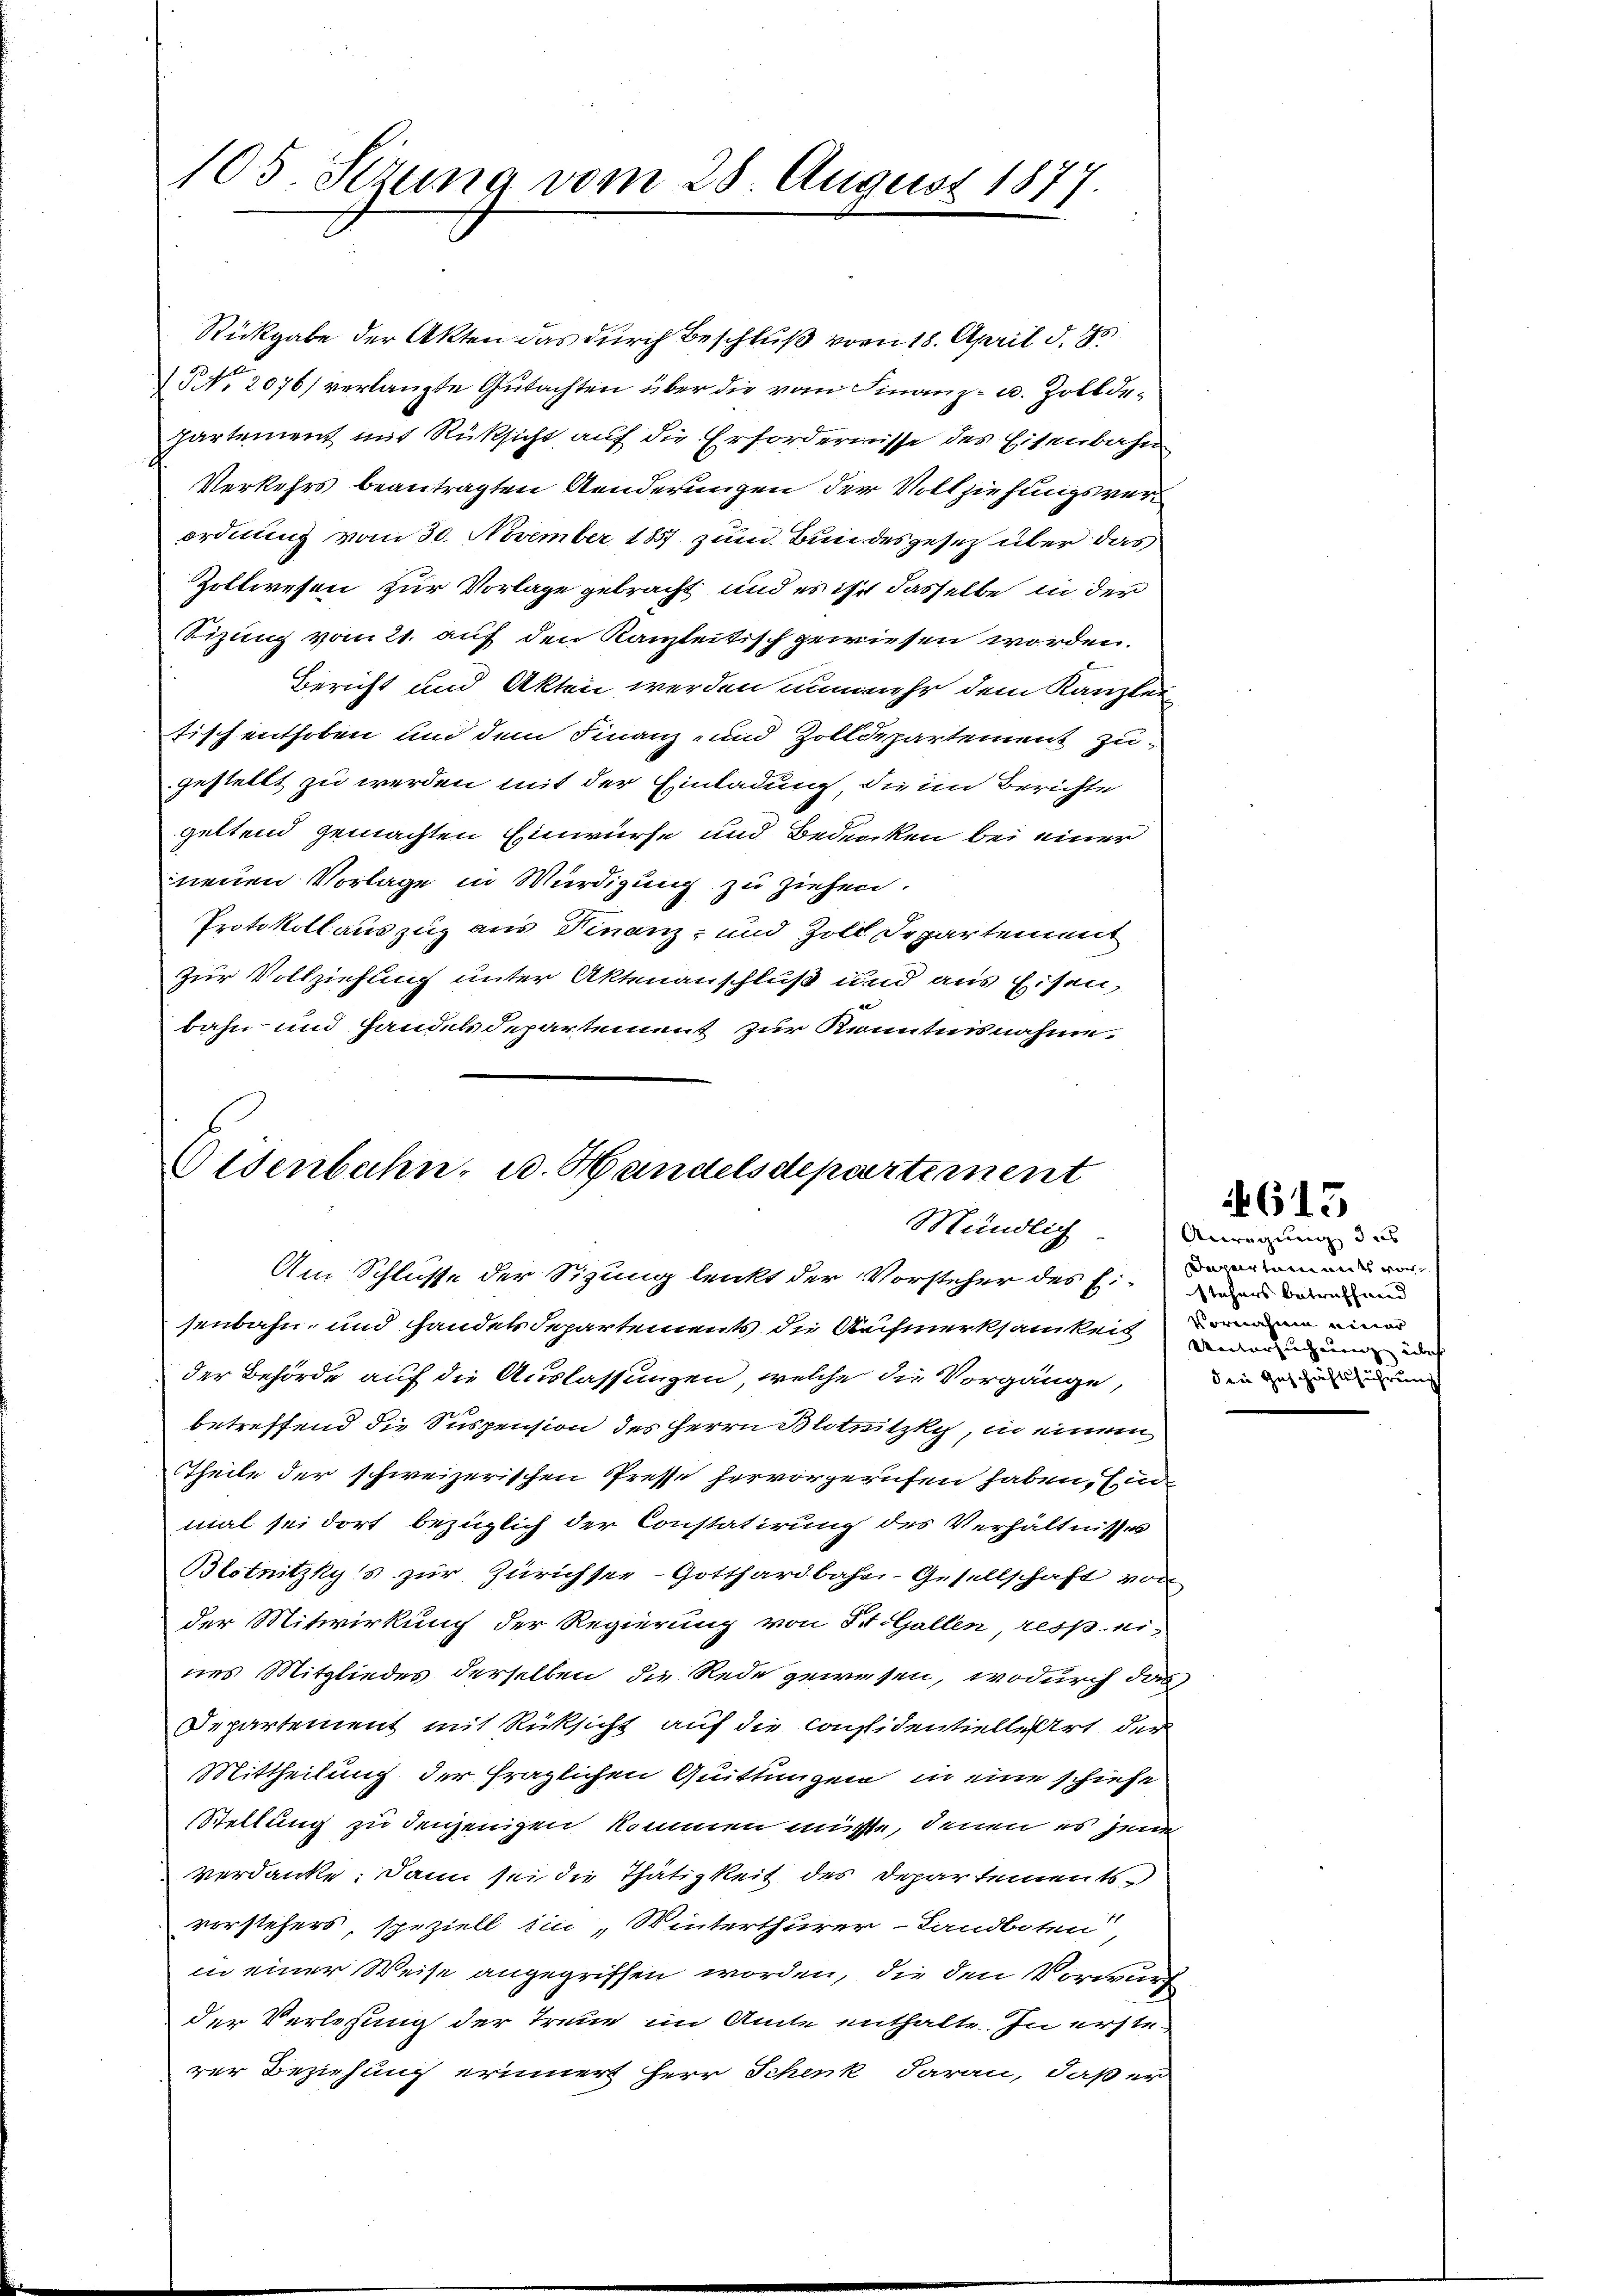
105. Sezung vom 28. August 1877.

Rückgabe der Akten das durch Beschluß vom 18. April d. 25
NNo. 2076) verlangte Gutachten über die vom Finanz- u. Zollde¬
Partement mit Rüksicht, auf die Erfordernisse des Eisenbahn
Verkehrs beantragten Aenderungen der Vollziehungsverordnung vom 30. November 1857 zum Bundesgesetz über das
Zollwesen zur Vorlage gebracht und es ist dasselbe in der
Sizung vom 21. auf den Kanzleitisch gewiesen worden.
Bericht und Akten werden nunmehr dem Kanzlei
tisch enthoben und dem Finanz- und Zolldepartement zugestellt zu werden mit der Einladung, die im Berichte
geltend gemachten Einwürfe und Bedenken bei einer
neuen Vorlage in Würdigung zu ziehen.
Protokollauszug aus Finanz- und Zoll Separtement
zur Vollziehung unter Aktenanschluß und aus Eisen,
bahn- und Handelsdepartement zur Kenntnisnahme.

Eisenbahn- u. Handelsdepartement
Mündlich

Am Schlüsse der Sizung lenkt der Vorsteher des Eigen werden
senbahn- und Handelsdepartements die Aufmerksamkeit verdingung u
der Behörde auf die Auslassungen, welche die Vorgänge,
betreffend die Suspension des Herrn Blotnitzky, in einem
Theile der schweizerischen Presse hervorgerufen haben, End
mal sei dort bezüglich der Constatirung des Verhältnisses
Blotnitzkys zur Zürichsee- Gotthardbahn-Gesellschaft von
der Mitwirkung der Regierung von St. Gallen, resp. ei
nes Mitgliedes derselben die Rede gewesen, wodurch das
Departement mit Rücksicht auf die Considentiellert der
Mittheilung der fraglichen Quittungen in eine schiehe
Stellung zu denjenigen kommen müsse, denen es jene
Verdanke. Dann sei die Thätigkeit des Departements
vorstehers speziell ein „Winterthurer-Landboten,
in einer Weise angegriffen worden, die den Vorwurf
der Verlesung der Treue im Amte enthalte. In ersterer Beziehung erinnert Herr Schenk daran, daß er

Anregung des
Daparlammen es war
Vornahme einer
die Zuschäftsführung

4615